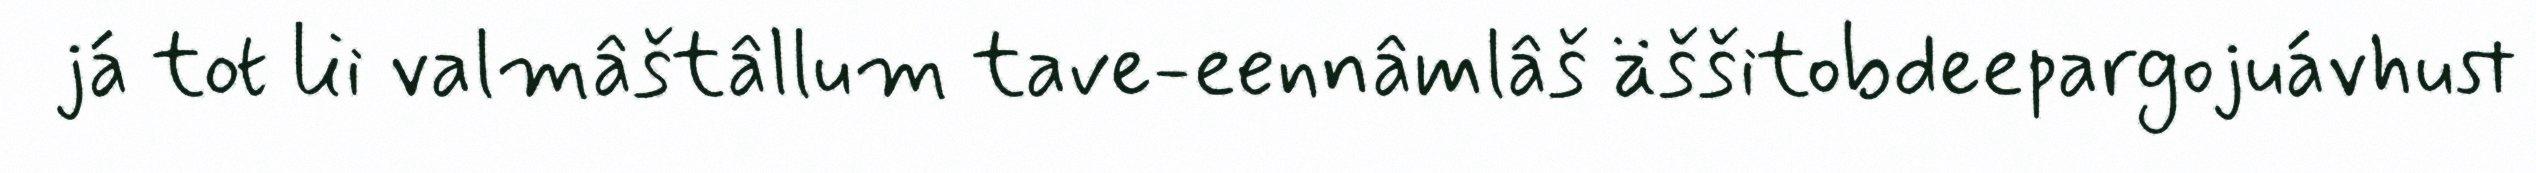
já tot lii valmâštâllum tave-eennâmlâš äššitobdeepargojuávhust